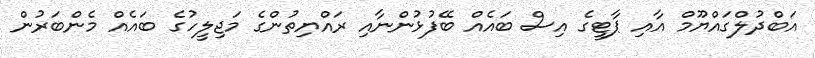
އަބްދުލްގައްޔޫމް އާއި ޕާޓީގެ އިސް ބައެއް ބޭފުޅުންނާއި ރައްޔިތުންގެ މަޖިލީހުގެ ބައެއް މެންބަރުން